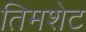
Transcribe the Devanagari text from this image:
तिमशेट